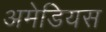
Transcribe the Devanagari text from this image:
अमेडियस